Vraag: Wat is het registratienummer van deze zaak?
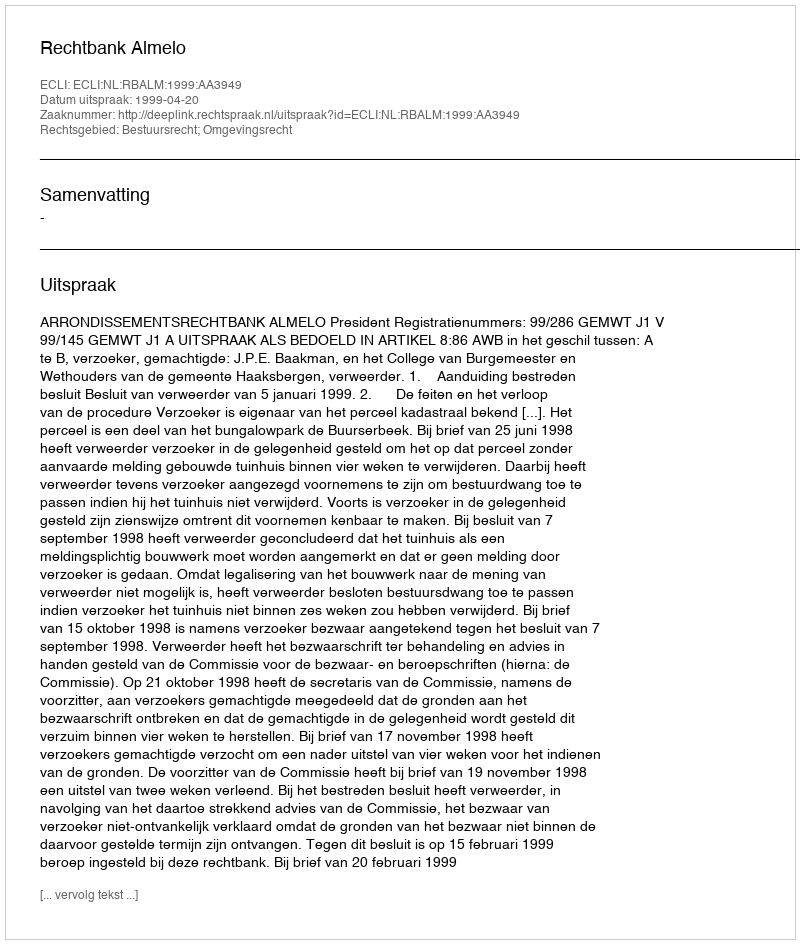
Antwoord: http://deeplink.rechtspraak.nl/uitspraak?id=ECLI:NL:RBALM:1999:AA3949